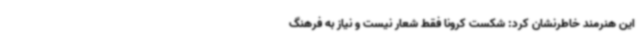
این هنرمند خاطرنشان کرد: شکست کرونا فقط شعار نیست و نیاز به فرهنگ